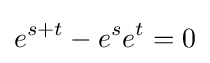
e^{s+t}-e^{s}e^{t}=0